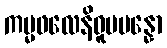
ကမ္မဖလေနိဓူပပန္နော